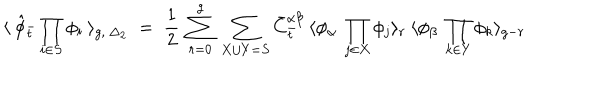
\langle \: { \hat { \phi } } _ { \bar { t } } \prod _ { i \in S } \phi _ { i } \: \rangle _ { g , \: { \Delta _ { 2 } } } \; = \; \frac { 1 } { 2 } \: \sum _ { r = 0 } ^ { g } \: \sum _ { X \cup Y = S } { \bar { C } } _ { \bar { t } } ^ { \alpha \beta } \: \langle \phi _ { \alpha } \: \prod _ { j \in X } \phi _ { j } \rangle _ { r } \: \langle \phi _ { \beta } \: \prod _ { k \in Y } \phi _ { k } \rangle _ { g - r } \,